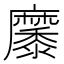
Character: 𪎭